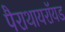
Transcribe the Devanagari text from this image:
पैराथायरॉयड